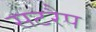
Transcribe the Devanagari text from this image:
सटरैप